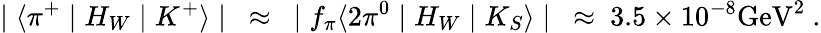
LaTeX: \mid\langle\pi^{+}\mid H_{W}\mid K^{+}\rangle\mid~\approx~\mid f_{\pi}\langle 2\pi^{0}\mid H_{W}\mid K_{S}\rangle\mid~\approx~3.5\times 10^{-8}\mathrm{GeV}^{2}~.